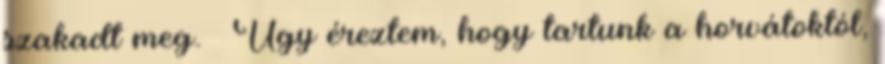
szakadt meg. – Úgy éreztem, hogy tartunk a horvátoktól,